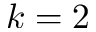
k = 2